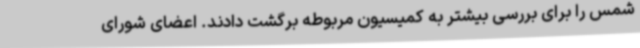
شمس را برای بررسی بیشتر به کمیسیون مربوطه برگشت دادند. اعضای شورای